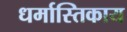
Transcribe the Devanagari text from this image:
धर्मास्तिकाय